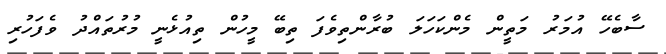
ސާބެހޭ އުމަރު މަތީން މެންކަހަލަ ބުރާންތިވެފަ ތިބޭ މީހުން ތިއުޅެނީ މުރުތައްދު ވެފަހުރި